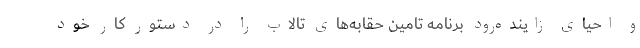
و احیای زاینده‌رود برنامه تامین حقابه‌های تالاب را در دستور کار خود